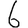
Digit: 6